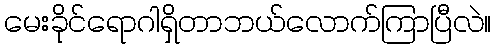
မေးခိုင်ရောဂါရှိတာဘယ်လောက်ကြာပြီလဲ။